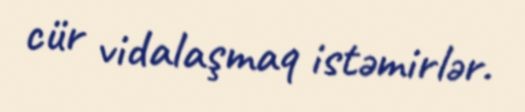
cür vidalaşmaq istəmirlər.